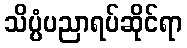
သိပ္ပံပညာရပ်ဆိုင်ရာ